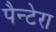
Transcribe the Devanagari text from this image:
पैन्टेरा